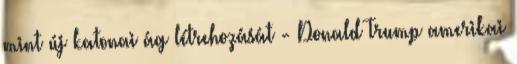
mint új katonai ág létrehozását - Donald Trump amerikai